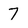
Character: 7